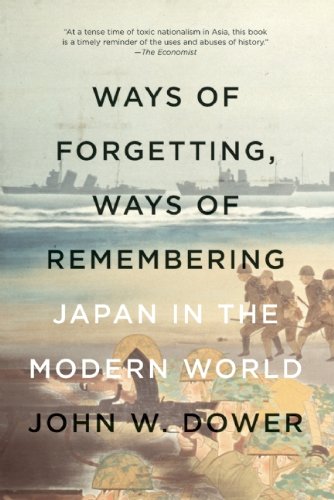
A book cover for Ways of Forgetting, Ways of Remembering: Japan in the Modern World; John W. Dower; History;